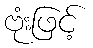
ဗုံးဖြင့်